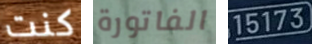
كنت الفاتورة 15173